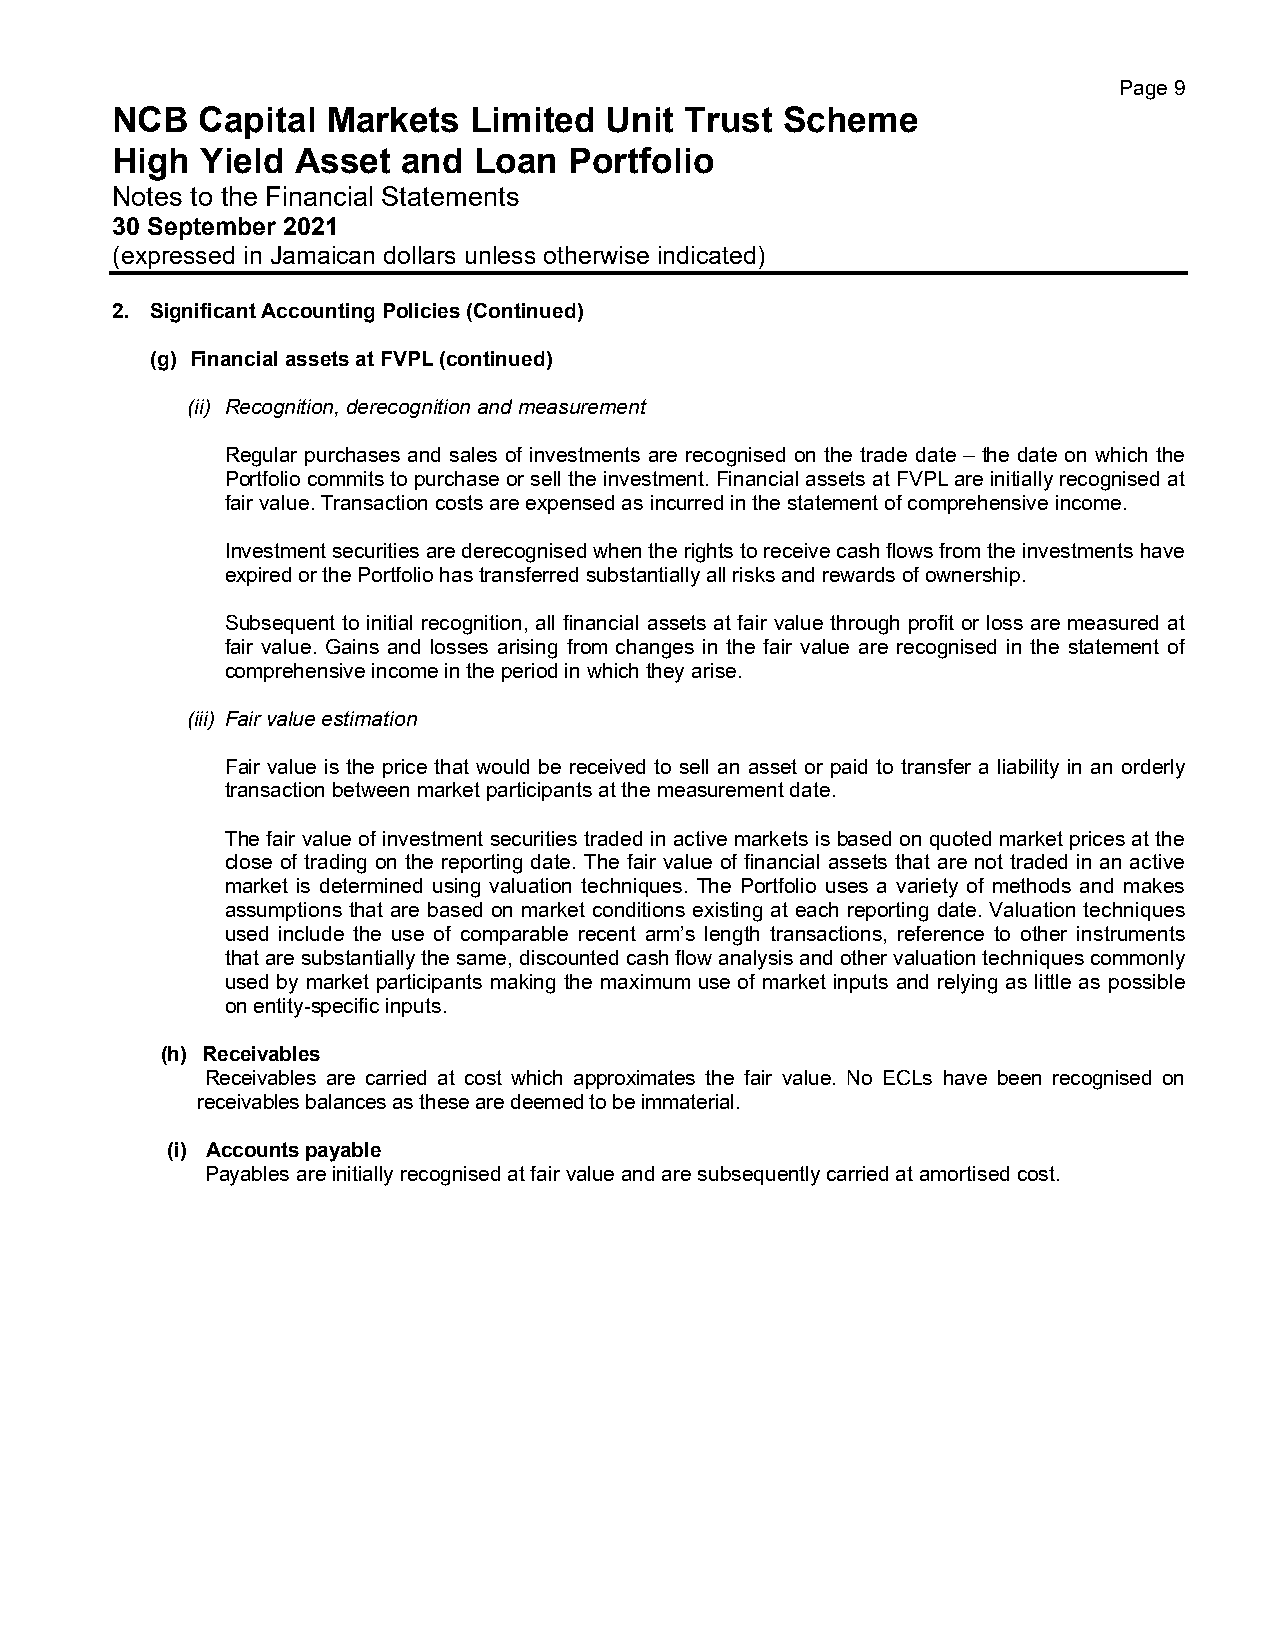
Page 9
 NCB   Capital  Markets  Limited  Unit Trust  Scheme
 High  Yield  Asset  and Loan   Portfolio
 Notes to the Financial Statements
 30 September 2021
 (expressed in Jamaican dollars unless otherwise indicated)
 2. Significant Accounting Policies (Continued)
 (g) Financial assets at FVPL (continued)
 (ii) Recognition, derecognition and measurement
 Regular purchases and sales of investments are recognised on the trade date – the date on which the
 Portfolio commits to purchase or sell the investment. Financial assets at FVPL are initially recognised at
 fair value. Transaction costs are expensed as incurred in the statement of comprehensive income.
 Investment securities are derecognised when the rights to receive cash flows from the investments have
 expired or the Portfolio has transferred substantially all risks and rewards of ownership.
 Subsequent to initial recognition, all financial assets at fair value through profit or loss are measured at
 fair value. Gains and losses arising from changes in the fair value are recognised in the statement of
 comprehensive income in the period in which they arise.
 (iii) Fair value estimation
 Fair value is the price that would be received to sell an asset or paid to transfer a liability in an orderly
 transaction between market participants at the measurement date.
 The fair value of investment securities traded in active markets is based on quoted market prices at the
 close of trading on the reporting date. The fair value of financial assets that are not traded in an active
 market is determined using valuation techniques. The Portfolio uses a variety of methods and makes
 assumptions that are based on market conditions existing at each reporting date. Valuation techniques
 used include the use of comparable recent arm’s length transactions, reference to other instruments
 that are substantially the same, discounted cash flow analysis and other valuation techniques commonly
 used by market participants making the maximum use of market inputs and relying as little as possible
 on entity-specific inputs.
 (h) Receivables
 Receivables are carried at cost which approximates the fair value. No ECLs have been recognised on
 receivables balances as these are deemed to be immaterial.
 (i) Accounts payable
 Payables are initially recognised at fair value and are subsequently carried at amortised cost.